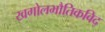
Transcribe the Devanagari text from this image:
खगोलभौतिकविद्